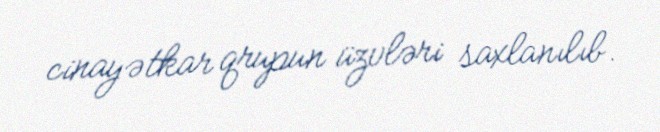
cinayətkar qrupun üzvləri saxlanılıb.